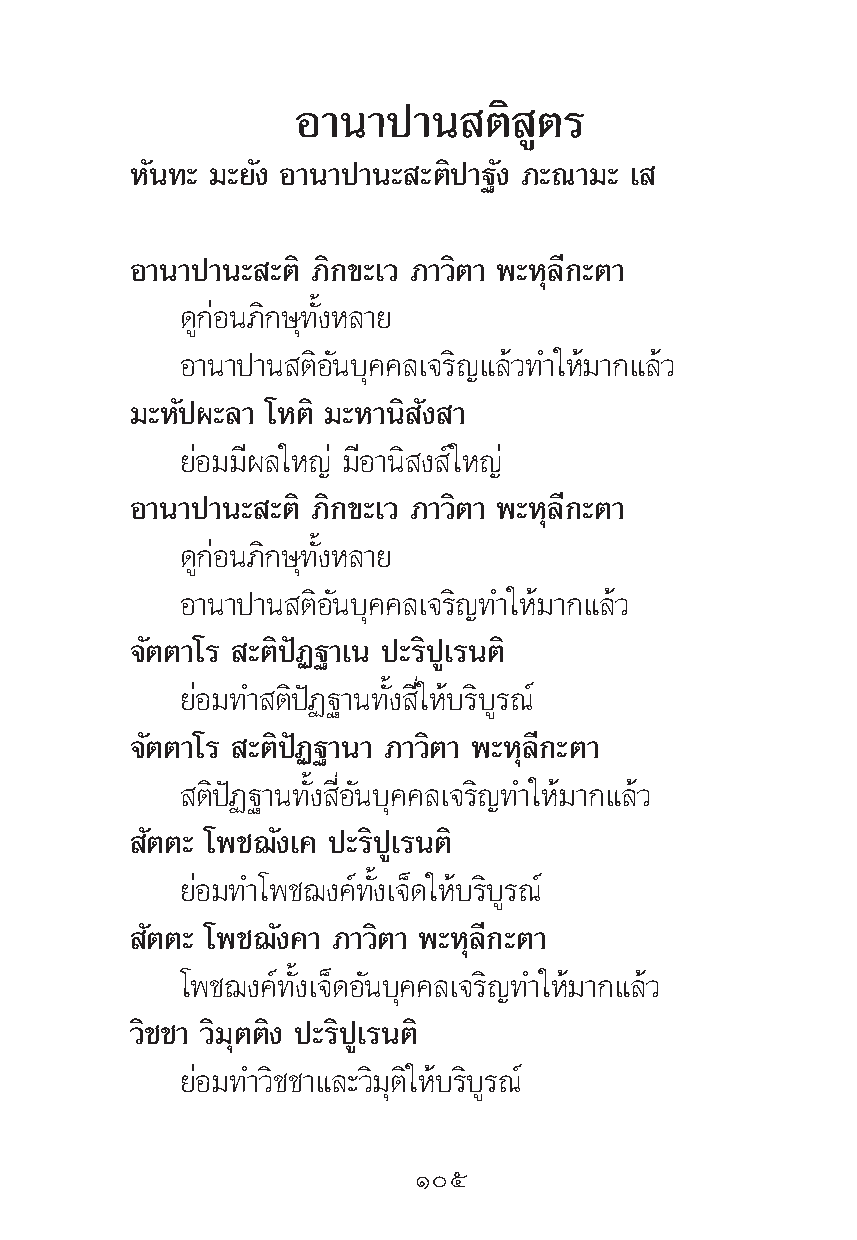
Õ“π“ª“π     μ‘ Ÿμ√
 À—π∑– ¡–¬—ß Õ“π“ª“π– –μ‘ª“∞—ß ¿–≥“¡– ‡
 Õ“π“ª“π– –μ‘ ¿‘°¢–‡« ¿“«‘μ“ æ–Àÿ≈’°–μ“
 ¥Ÿ°àÕπ¿‘°…ÿ∑—ÈßÀ≈“¬
 Õ“π“ª“π μ‘Õ—π∫ÿ§§≈‡®√‘≠·≈â«∑”„Àâ¡“°·≈â«
 ¡–À—ªº–≈“ ‚Àμ‘ ¡–À“π‘ —ß “
 ¬àÕ¡¡’º≈„À≠à ¡’Õ“π‘ ß å„À≠à
 Õ“π“ª“π– –μ‘ ¿‘°¢–‡« ¿“«‘μ“ æ–Àÿ≈’°–μ“
 ¥Ÿ°àÕπ¿‘°…ÿ∑—ÈßÀ≈“¬
 Õ“π“ª“π μ‘Õ—π∫ÿ§§≈‡®√‘≠∑”„Àâ¡“°·≈â«
 ®—μμ“‚√ –μ‘ªíØ∞“‡π ª–√‘ªŸ‡√πμ‘
 ¬àÕ¡∑” μ‘ªíØ∞“π∑—Èß ’Ë„Àâ∫√‘∫Ÿ√≥å
 ®—μμ“‚√ –μ‘ªíØ∞“π“ ¿“«‘μ“ æ–Àÿ≈’°–μ“
 μ‘ªíØ∞“π∑—Èß ’ËÕ—π∫ÿ§§≈‡®√‘≠∑”„Àâ¡“°·≈â«
 —μμ– ‚æ™¨—ß‡§ ª–√‘ªŸ‡√πμ‘
 ¬àÕ¡∑”‚æ™¨ß§å∑—Èß‡®Á¥„Àâ∫√‘∫Ÿ√≥å
 —μμ– ‚æ™¨—ß§“ ¿“«‘μ“ æ–Àÿ≈’°–μ“
 ‚æ™¨ß§å∑—Èß‡®Á¥Õ—π∫ÿ§§≈‡®√‘≠∑”„Àâ¡“°·≈â«
 «‘™™“ «‘¡ÿμμ‘ß ª–√‘ªŸ‡√πμ‘
 ¬àÕ¡∑”«‘™™“·≈–«‘¡ÿμ‘„Àâ∫√‘∫Ÿ√≥å
 Òı